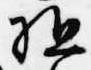
駈